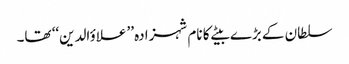
سلطان کے بڑے بیٹے کا نام شہزادہ ’’علاؤالدین‘‘ تھا۔